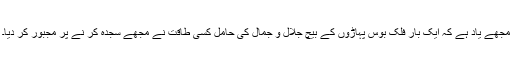
مجھے یاد ہے کہ ایک بار فلک بوس پہاڑوں کے بیچ جلال و جمال کی حامل کسی طاقت نے مجھے سجدہ کر نے پر مجبور کر دیا۔